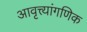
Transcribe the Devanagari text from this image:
आवृत्त्यांगणिक